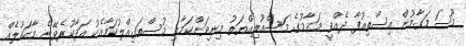
މޫސަ މަގާމުން އިސްތިއުފާ ދެއްވީ މަގާމުގެ މަސްއޫލިއްޔަތު މިނިވަންކަމާއި މުސްތަގިއްލުކަމާއެކު އަދާކުރެވޭނެ މާހައުލެއް